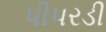
પીપરડી